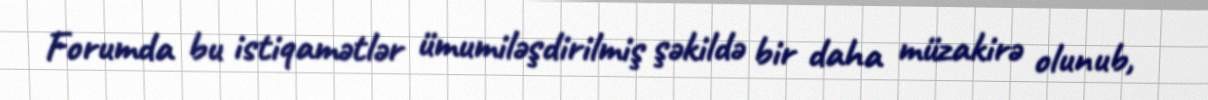
Forumda bu istiqamətlər ümumiləşdirilmiş şəkildə bir daha müzakirə olunub,